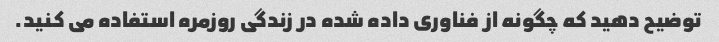
توضیح دهید که چگونه از فناوری داده شده در زندگی روزمره استفاده می کنید.